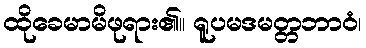
ထိုခေမာမိဖုရား၏။ ရူပမဒမတ္တဘာဝံ၊